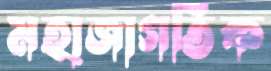
মহাজাগতিক